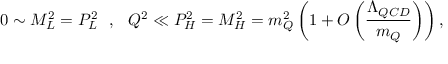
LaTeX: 0 \sim M _ { L } ^ { 2 } = P _ { L } ^ { 2 } \ \ , \ \ Q ^ { 2 } \ll P _ { H } ^ { 2 } = M _ { H } ^ { 2 } = m _ { Q } ^ { 2 } \left( 1 + O \left( { \frac { \Lambda _ { Q C D } } { m _ { Q } } } \right) \right) ,